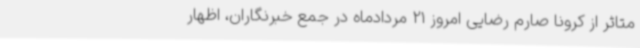
متاثر از کرونا صارم رضایی امروز 21 مردادماه در جمع خبرنگاران، اظهار